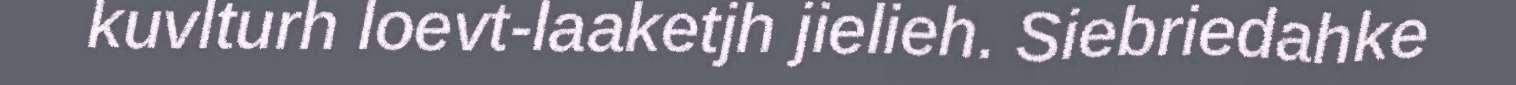
kuvlturh loevt-laaketjh jielieh. Siebriedahke